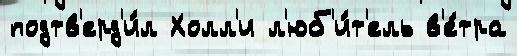
подтв'ерд'и́л Холл'и л'юб'и́т'ель в'е́тра